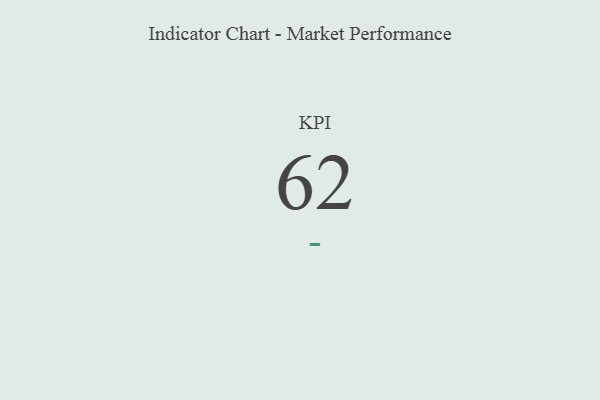
{"axis": {"x": "KPI", "y": "Value"}, "legend": [""], "data": [{"x": "KPI", "y": 62, "type": ""}]}